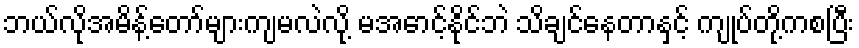
ဘယ်လိုအမိန့်တော်များကျမလဲလို့ မအောင့်နိုင်ဘဲ သိချင်နေတာနှင့် ကျုပ်တို့ကစပြီး